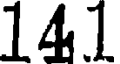
141